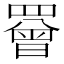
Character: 罾